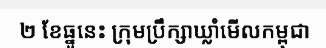
២ ខែធ្នូនេះ ក្រុមប្រឹក្សាឃ្លាំមើលកម្ពុជា